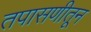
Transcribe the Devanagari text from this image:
तपासणीतून